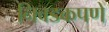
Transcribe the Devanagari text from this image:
निवडकपणे